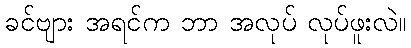
ခင်ဗျား အရင်က ဘာ အလုပ် လုပ်ဖူးလဲ။